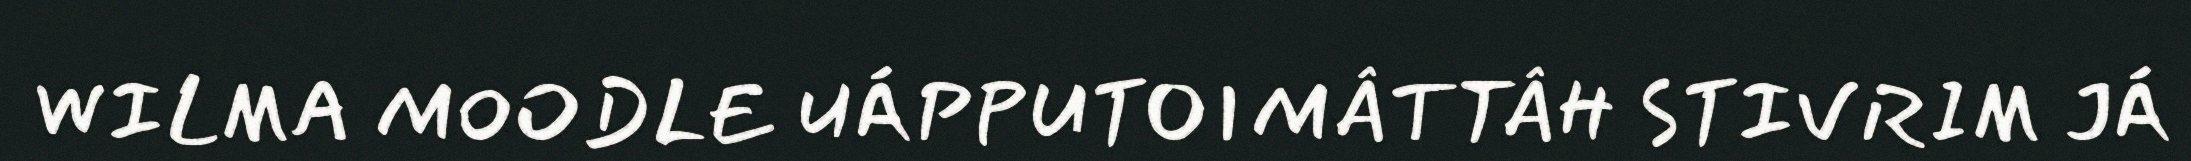
WILMA MOODLE UÁPPUTOIMÂTTÂH STIVRIM JÁ